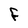
Character: F